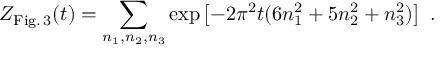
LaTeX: Z _ { \mathrm { F i g . \, 3 } } ( t ) = \sum _ { n _ { 1 } , n _ { 2 } , n _ { 3 } } \exp \left[ - 2 \pi ^ { 2 } t ( 6 n _ { 1 } ^ { 2 } + 5 n _ { 2 } ^ { 2 } + n _ { 3 } ^ { 2 } ) \right] ~ .